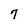
Character: 7